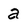
Character: a